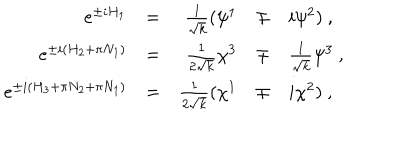
\begin{array} { r c r c l } { { e ^ { \pm i H _ { 1 } } } } & { { = } } & { { \frac 1 { \sqrt { k } } ( \psi ^ { 1 } } } & { { \mp } } & { { i \psi ^ { 2 } ) ~ , } } \\ { { e ^ { \pm i ( H _ { 2 } + \pi N _ { 1 } ) } } } & { { = } } & { { { \frac { 1 } { 2 \sqrt { k } } } \chi ^ { 3 } } } & { { \mp } } & { { { \frac { 1 } { \sqrt { k } } } \psi ^ { 3 } ~ , } } \\ { { e ^ { \pm i ( H _ { 3 } + \pi N _ { 2 } + \pi N _ { 1 } ) } } } & { { = } } & { { \frac 1 { 2 \sqrt { k } } ( \chi ^ { 1 } } } & { { \mp } } & { { i \chi ^ { 2 } ) ~ , } } \\ \end{array}